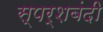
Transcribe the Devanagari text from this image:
स्पर्शबंदी